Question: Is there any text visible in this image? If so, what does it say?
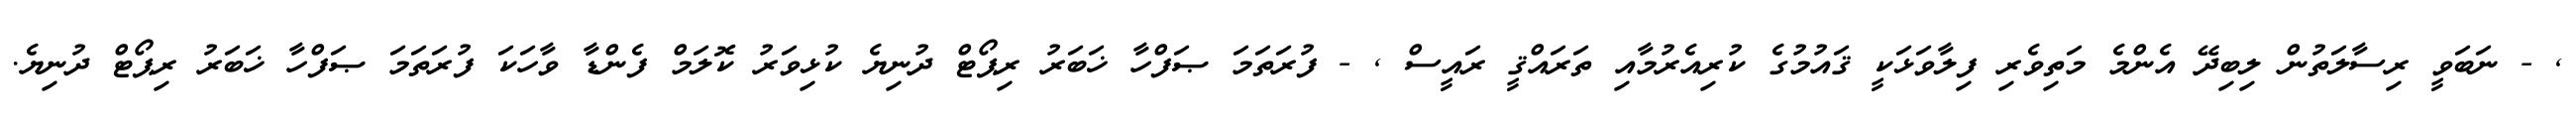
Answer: , - ނަބަވީ ރިސާލަތުން ލިބިދޭ އެންމެ މަތިވެރި ފިލާވަޅަކީ ޤައުމުގެ ކުރިއެރުމާއި ތަރައްޤީ ރައީސް , - ފުރަތަމަ ޞަފްހާ ޚަބަރު ރިޕޯޓް ދުނިޔެ ކުޅިވަރު ކޮލަމް ފެންޑާ ވާހަކަ ފުރަތަމަ ޞަފްހާ ޚަބަރު ރިޕޯޓް ދުނިޔެ.